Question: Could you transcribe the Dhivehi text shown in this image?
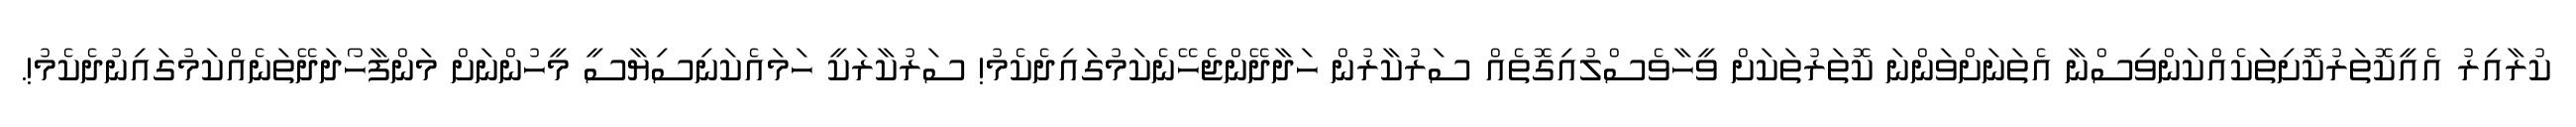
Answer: ކުރާއިރު އެއީކޮތަރުކޮށިތަކެއްކަންވިސްނާ އެތަނަށްވަންނަ ކޮތަރުތަކަށް ވީހާވެސްލުއިގޮތެއް ސަރުކާރުން ހަދާދޭންޖެހޭނެކަމުގައިދެކެމު! ސަރުކާރަކީ ހަމައެކަނިސިޔާސީ މީހުންނަށް މަންފާހޯދަދޭތަނެއްކަމުގައިނުދެކެމު!.